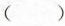
()